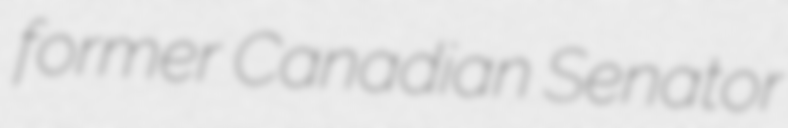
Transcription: former Canadian Senator